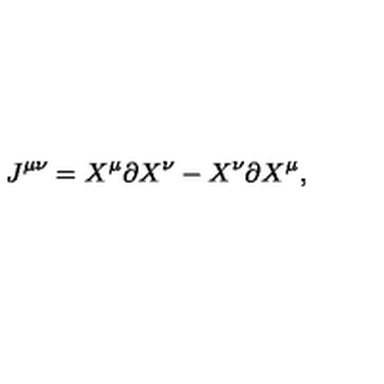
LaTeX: J ^ { \mu \nu } = X ^ { \mu } \partial X ^ { \nu } - X ^ { \nu } \partial X ^ { \mu } ,